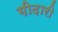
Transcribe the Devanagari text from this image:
गीदारी